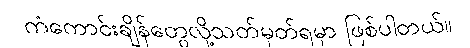
ကံကောင်းချိန်တွေလို့သတ်မှတ်ရမှာ ဖြစ်ပါတယ်။